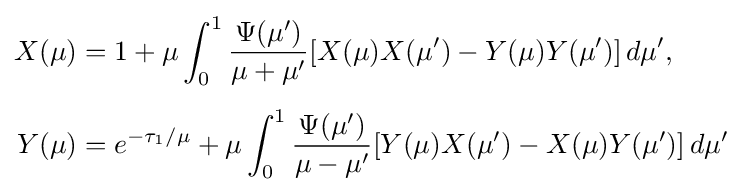
{\begin{aligned}X(\mu )&=1+\mu \int _{0}^{1}{\frac {\Psi (\mu ')}{\mu +\mu '}}[X(\mu )X(\mu ')-Y(\mu )Y(\mu ')]\,d\mu ',\\[5pt]Y(\mu )&=e^{-\tau _{1}/\mu }+\mu \int _{0}^{1}{\frac {\Psi (\mu ')}{\mu -\mu '}}[Y(\mu )X(\mu ')-X(\mu )Y(\mu ')]\,d\mu '\end{aligned}}